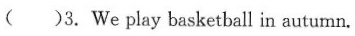
( )3, We play basketball in autumn.